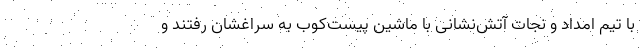
با تیم امداد و نجات آتش‌نشانی با ماشین پیست‌کوب به سراغشان رفتند و